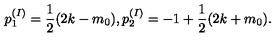
p _ { 1 } ^ { ( I ) } = \frac { 1 } { 2 } ( 2 k - m _ { 0 } ) , p _ { 2 } ^ { ( I ) } = - 1 + \frac { 1 } { 2 } ( 2 k + m _ { 0 } ) .